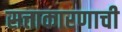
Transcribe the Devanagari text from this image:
सत्ताकारणाची